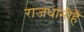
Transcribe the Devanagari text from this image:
राजधानीहै